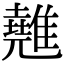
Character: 𩀸